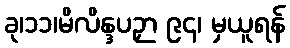
ခု၊၁၁၊မိလိန္ဒပဉှာ ၉၄၊ မှယူရန်